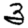
Digit: 3